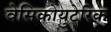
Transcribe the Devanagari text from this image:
वेसिकोयुटेरिक